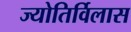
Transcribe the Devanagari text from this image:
ज्योतिर्विलास